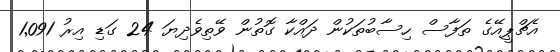
އެޗްޕީއޭގެ ތަފާސް ހިސާބުތަކުން ދައްކާ ގޮތުން ވޭތިވެދިޔަ 24 ގަޑި އިރު 1